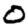
Digit: 0